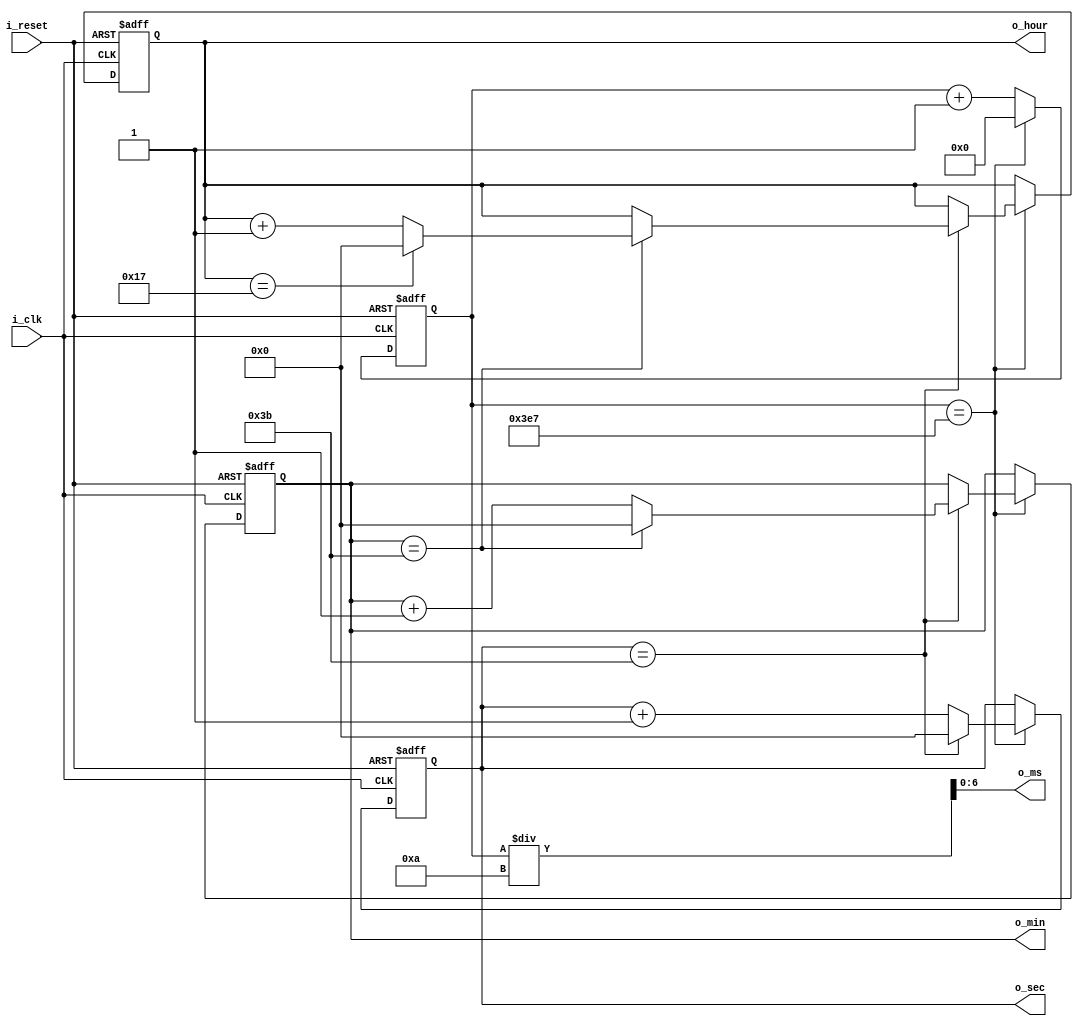
`timescale 1ns / 1ps
//////////////////////////////////////////////////////////////////////////////////
// Company: 
// Engineer: 
// 
// Design Name: 
// Module Name: time_clock_counter
// Project Name: 
// Target Devices: 
// Tool Versions: 
// Description: 
// 
// Dependencies: 
// 
// Revision:
// Revision 0.01 - File Created
// Additional Comments:
// 
//////////////////////////////////////////////////////////////////////////////////


module time_clock_counter(
    input i_clk, i_reset,
    output [5:0] o_hour, o_min, o_sec,
    output [6:0] o_ms
    );

    reg [5:0] r_hour = 0, r_min = 0, r_sec = 0;
    reg [9:0] r_ms = 0;
    assign o_hour = r_hour;
    assign o_min = r_min;
    assign o_sec = r_sec;
    assign o_ms = r_ms/10;

    always @(posedge i_clk or posedge i_reset) begin
        if(i_reset) begin
            r_hour <= 0;
            r_min <= 0;
            r_sec <= 0;
            r_ms <= 0;
        end
        else begin
            if(r_ms == 999) begin
                r_ms <= 0;
                if(r_sec == 59) begin
                    r_sec <= 0;
                    if(r_min == 59) begin
                        r_min <= 0;
                        if(r_hour == 23) begin
                            r_hour <= 0;
                        end
                        else begin
                            r_hour <= r_hour + 1;
                        end
                    end
                    else begin
                        r_min <= r_min + 1;
                    end
                end
                else begin
                    r_sec <= r_sec + 1;
                end
            end
            else begin
                r_ms <= r_ms + 1;
            end
        end
    end
endmodule